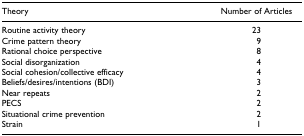
| Theory | Number of Articles |
 | --- | --- |
 | Routine activity theory | 23 |
 | Crime pattern theory | 9 |
 | Rational choice perspective | 8 |
 | Social disorganization | 4 |
 | Social cohesion/collective efficacy | 4 |
 | Beliefs/desires/intentions (BDI) | 3 |
 | Near repeats | 2 |
 | PECS | 2 |
 | Situational crime prevention | 2 |
 | Strain | 1 |